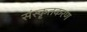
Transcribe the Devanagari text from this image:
संस्कृतकरण